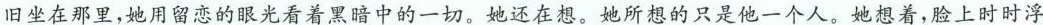
旧坐在那里，她用留恋的眼光看着黑暗中的一切。她还在想。她所想的只是他一个人。她想着，脸上时时浮